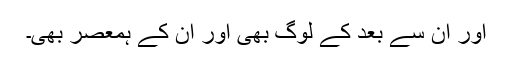
اور ان سے بعد کے لوگ بھی اور ان کے ہمعصر بھی۔